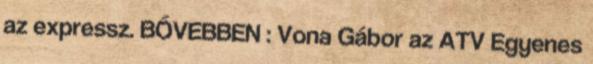
az expressz. BŐVEBBEN : Vona Gábor az ATV Egyenes